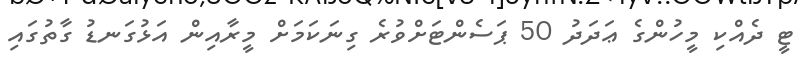
ޓީ ދެއްކި މީހުންގެ ޢަދަދު 50 ޕަސެންޓަށްވުރެ ގިނަކަމަށް މީރާއިން އަޅުގަނޑު ގާތުގައި